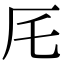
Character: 厇